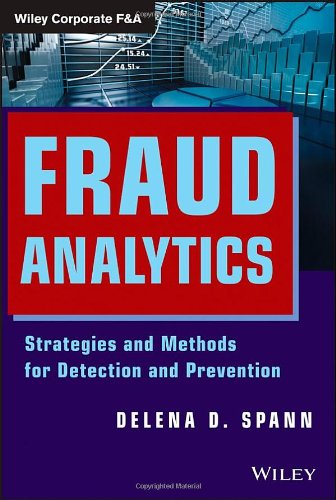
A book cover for Fraud Analytics: Strategies and Methods for Detection and Prevention; Delena D. Spann; Business & Money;